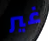
غير